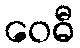
ဝေဓီ